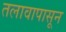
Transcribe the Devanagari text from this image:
तलावापासून